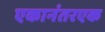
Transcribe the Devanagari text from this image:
एकानंतरएक